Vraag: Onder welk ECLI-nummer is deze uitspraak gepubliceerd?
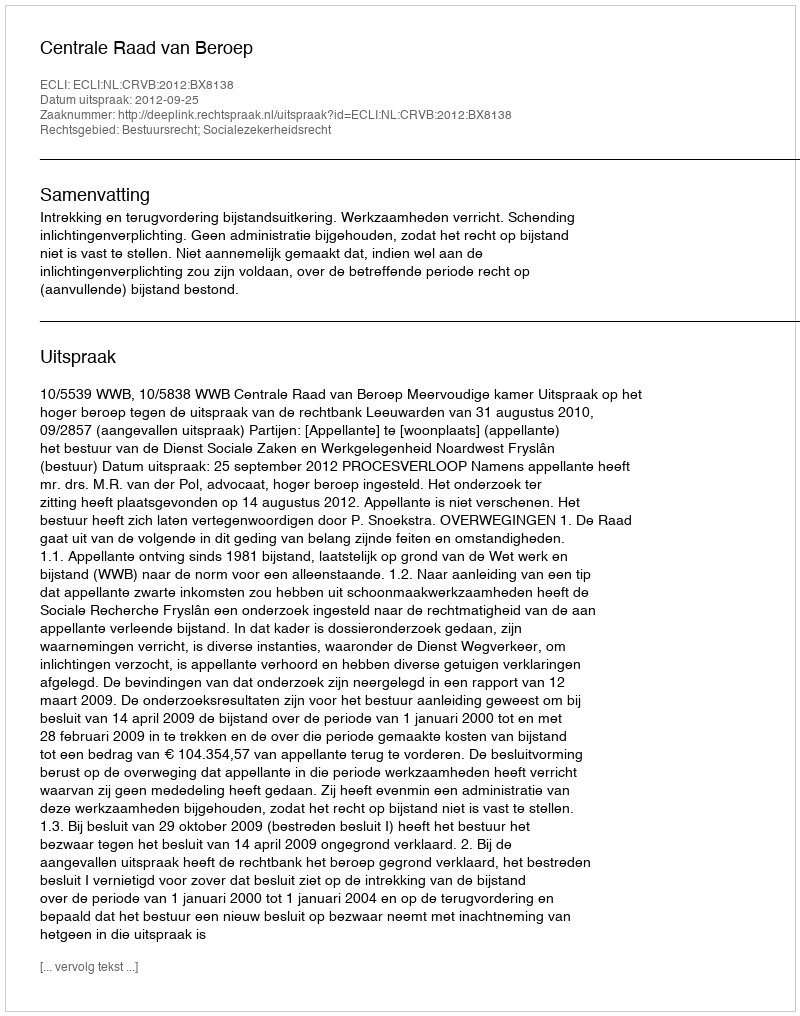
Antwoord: ECLI:NL:CRVB:2012:BX8138